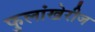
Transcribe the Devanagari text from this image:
फुलांखेरीज